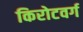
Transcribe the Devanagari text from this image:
किरोटवर्ग